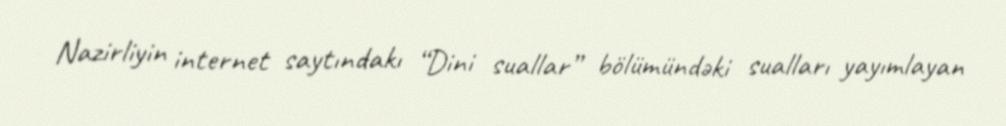
Nazirliyin internet saytındakı “Dini suallar” bölümündəki sualları yayımlayan